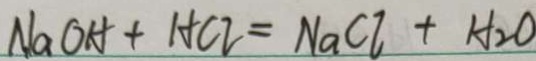
N a O H + H C l = N a C l + H _ { 2 } O